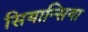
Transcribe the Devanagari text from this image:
सियान्सिया